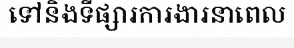
ទៅនិងទីផ្សារការងារនាពេល